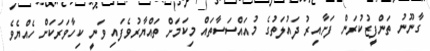
ގާނޫނު ތަންފީޒުކުރަން ފަށާއިރު ދައުލަތުގެ މުއައްސަސާތައް މިކަމަށް ތައްޔާރުވެފައި ވަނީ ކިހާވަރަކަށް ހެއްޔެވެ